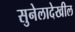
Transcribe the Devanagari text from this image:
सुनेलादेखील